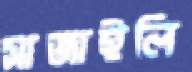
সাজাইলি